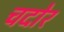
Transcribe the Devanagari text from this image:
चदोर